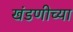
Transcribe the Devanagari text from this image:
खंडणीच्या